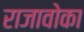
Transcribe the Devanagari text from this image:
राजावोका